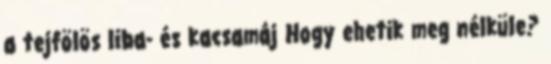
a tejfölös liba- és kacsamáj Hogy ehetik meg nélküle?